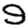
Digit: 9